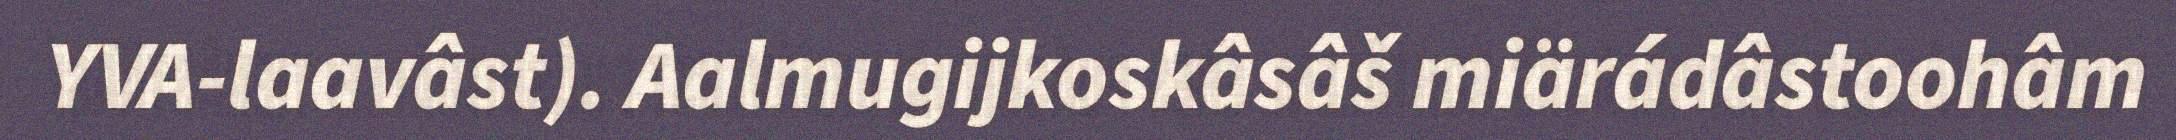
YVA-laavâst). Aalmugijkoskâsâš miärádâstoohâm